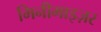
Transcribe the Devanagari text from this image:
मिनीमाइज़र